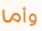
وأما